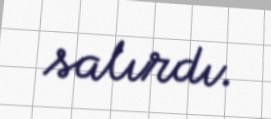
salırdı.